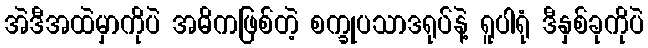
အဲဒီအထဲမှာကိုပဲ အဓိကဖြစ်တဲ့ စက္ခုပသာဒရုပ်နဲ့ ရူပါရုံ ဒီနှစ်ခုကိုပဲ